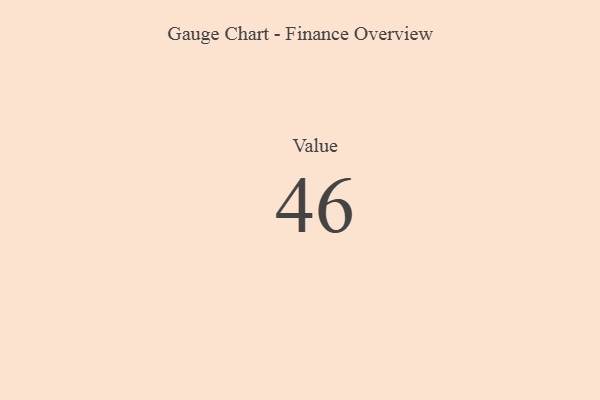
{"axis": {"x": "Metric", "y": "Value"}, "legend": [""], "data": [{"x": "Value", "y": 46, "type": ""}]}